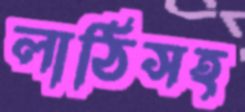
লাঠিসহ